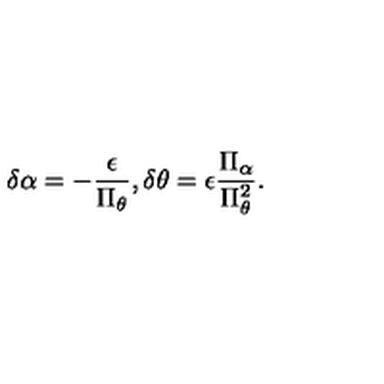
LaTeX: \delta \alpha = - \frac { \epsilon } { \Pi _ { \theta } } , \delta \theta = \epsilon \frac { \Pi _ { \alpha } } { \Pi _ { \theta } ^ { 2 } } .